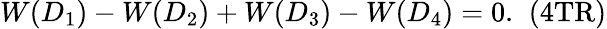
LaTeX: W(D_{1})-W(D_{2})+W(D_{3})-W(D_{4})=0.\; \; \mathrm{(4TR)}